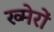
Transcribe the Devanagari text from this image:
ख्मेरों